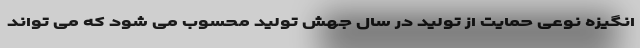
انگیزه نوعی حمایت از تولید در سال جهش تولید محسوب می شود که می تواند